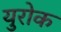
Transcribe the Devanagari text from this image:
युरोक